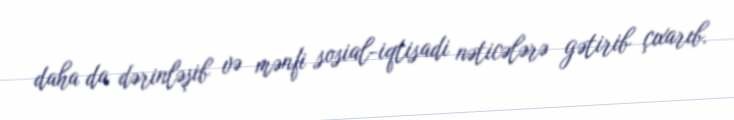
daha da dərinləşib və mənfi sosial-iqtisadi nəticələrə gətirib çıxarıb.